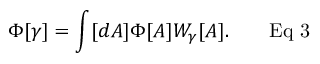
\Phi [ \gamma ] = \int [ d A ] \Phi [ A ] W _ { \gamma } [ A ] . \qquad { \mathrm { E q ~ 3 } }